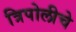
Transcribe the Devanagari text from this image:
त्रिपोलीचे